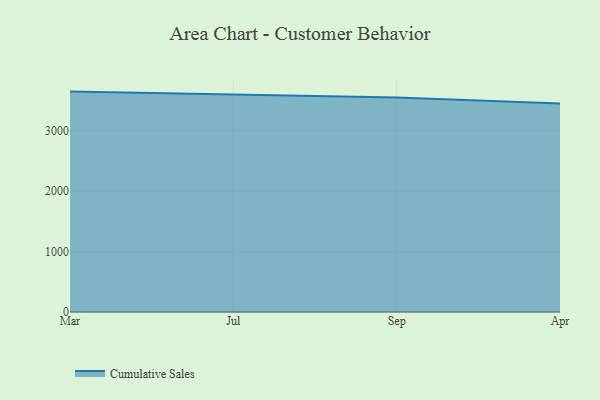
{"axis": {"x": "Month", "y": "Gross Profit (USD K)"}, "legend": ["Cumulative Sales"], "data": [{"x": "Mar", "y": 3647.6, "type": "Cumulative Sales"}, {"x": "Jul", "y": 3593.1, "type": "Cumulative Sales"}, {"x": "Sep", "y": 3547.9, "type": "Cumulative Sales"}, {"x": "Apr", "y": 3451.2, "type": "Cumulative Sales"}]}